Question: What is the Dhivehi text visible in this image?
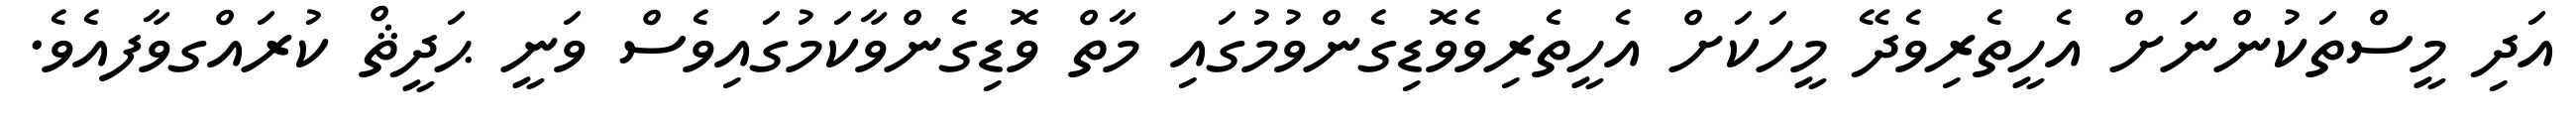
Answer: އަދި މީސްތަކުންނަށް އެހީތެރިވެދޭ މީހަކަށް އެހީތެރިވެވޮޑިގެންވުމުގައި މާތް ވޮޑިގެންވާކަމުގައިވެސް ވަނީ ޙަދީޘް ކުރައްގވާފއެވެ.